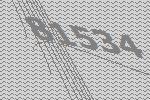
81534